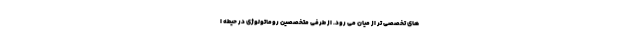
های تخصصی تر از میان می رود. از طرفی متخصصین روماتولوژی در حیطه ا